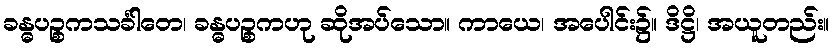
ခန္ဓပဉ္စကသင်္ခါတေ၊ ခန္ဓပဉ္စကဟု ဆိုအပ်သော။ ကာယေ၊ အပေါင်း၌။ ဒိဋ္ဌိ၊ အယူတည်း။